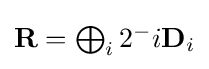
{\textstyle \mathbf {R} =\bigoplus _{i}{2^{-}i\mathbf {D} _{i}}}